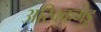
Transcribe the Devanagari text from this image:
अरिक्कमेडू